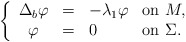
\begin{align*}\left \{ \begin{array}{ccll}\Delta _{b}\varphi & = & -\lambda _{1}\varphi & \mathrm{on\ }M, \\ \varphi & = & 0 & \mathrm{on\ }\Sigma .\end{array}\right. \end{align*}